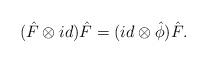
LaTeX: \begin{align*}(\hat F\otimes id)\hat F=(id\otimes {\hat \phi})\hat F.\end{align*}